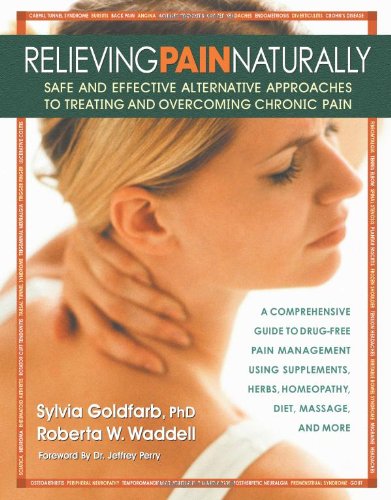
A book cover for Relieving Pain Naturally: Safe and Effective Alternative Approach to Treating and Overcoming Chronic Pain; Sylvia Goldfarb; Health, Fitness & Dieting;